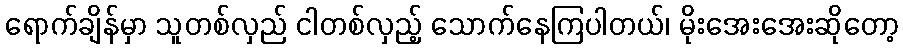
ရောက်ချိန်မှာ သူတစ်လှည် ငါတစ်လှည့် သောက်နေကြပါတယ်၊ မိုးအေးအေးဆိုတော့